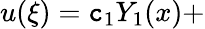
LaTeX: u(\xi)=\mathtt{c}_{1}Y_{1}(x)+